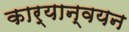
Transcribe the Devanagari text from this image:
कार्यान्‍वयन